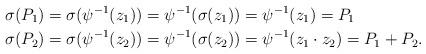
LaTeX: \begin{align*}\sigma(P_{1})&=\sigma(\psi^{-1}(z_{1}))=\psi^{-1}(\sigma(z_{1}))=\psi^{-1}(z_{1})=P_{1}\\\sigma(P_{2})&=\sigma(\psi^{-1}(z_{2}))=\psi^{-1}(\sigma(z_{2}))=\psi^{-1}(z_{1}\cdot{}z_{2})=P_{1}+P_{2}.\end{align*}